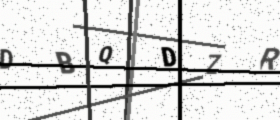
Text: DBQDZR